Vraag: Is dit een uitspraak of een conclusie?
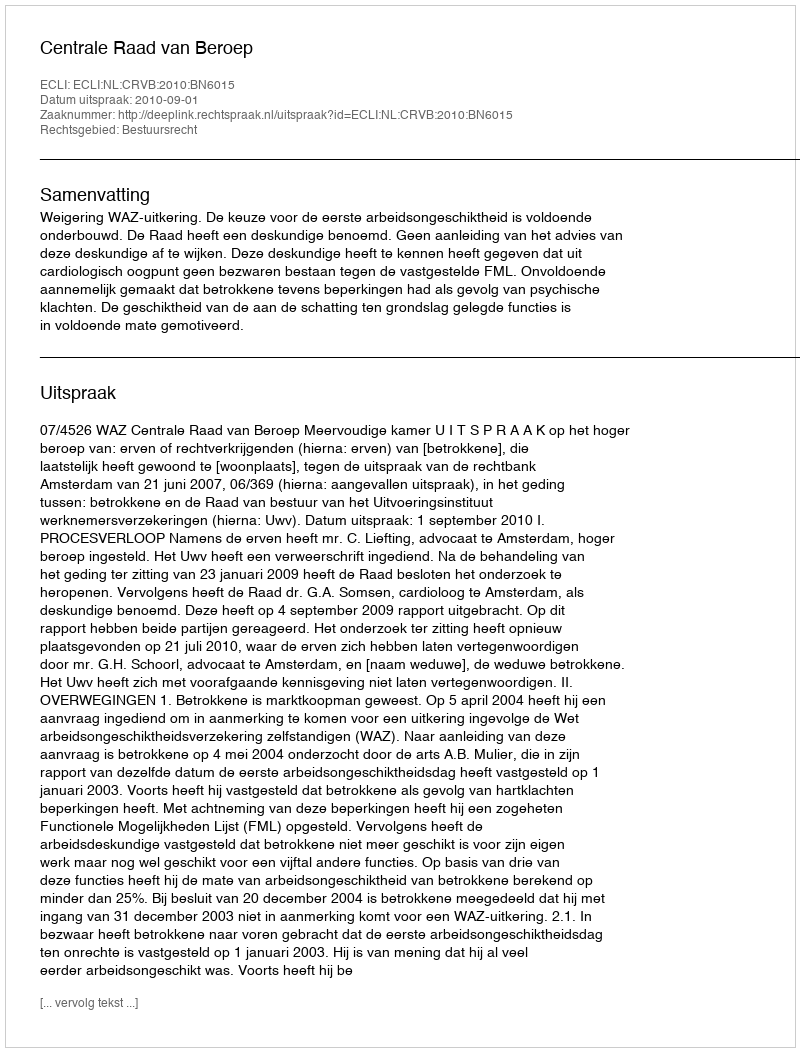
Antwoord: Uitspraak